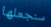
سنجعلها